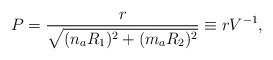
\begin{align*} P = \frac{r}{\sqrt{(n_a R_1)^2 + (m_a R_2)^2}} \equiv r V^{-1},\end{align*}